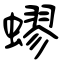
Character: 蟉